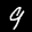
Label: 9